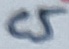
Text: C5